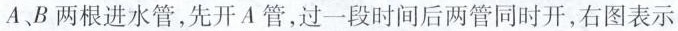
A、B两根进水管，先开A管，过一段时间后两管同时开，右图表示